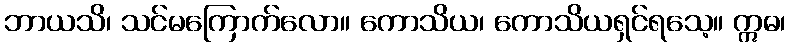
ဘာယသိ၊ သင်မကြောက်လော။ ကောသိယ၊ ကောသိယရှင်ရသေ့။ ဣဓ၊